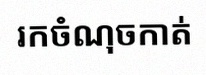
រកចំណុចកាត់